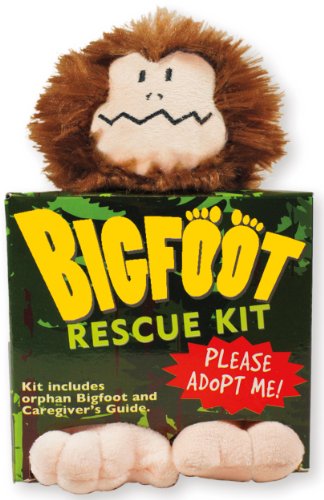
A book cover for Bigfoot Rescue Kit (Plush Toy and Book); By Footloose-Lautrec and Toedelaire; Children's Books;